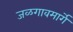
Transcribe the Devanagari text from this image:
जळगावमार्गे